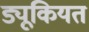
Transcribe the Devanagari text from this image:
ड्यूकियत